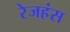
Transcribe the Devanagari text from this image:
रेजहंस